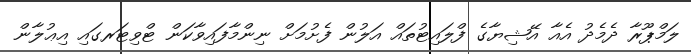
ލަމްޕޫރާ ދެމެދު އެއާ އޭޝިޔާގެ ފްލައިޓުތައް އަލުން ފެށުމަށް ނިންމާފައިވާކަން ޓްވިޓަރގައި އިޢުލާން